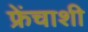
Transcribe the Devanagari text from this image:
फ्रेंचाशी